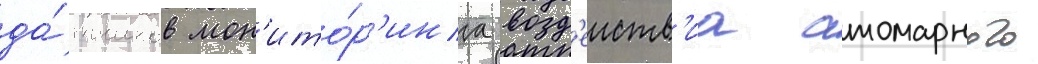
да́тчиков мон'ито́р'инга возд'еиств'иа атомарного